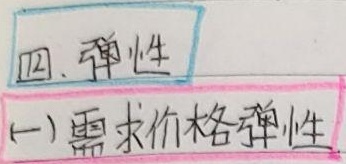
四、弹性
(一)需求价格弹性